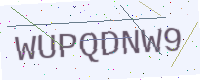
Text: WUPQDNW9